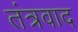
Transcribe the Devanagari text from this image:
तंत्रवाद